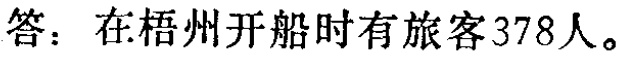
答：在梧州开船时有旅客378人。